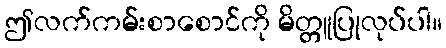
ဤလက်ကမ်းစာစောင်ကို မိတ္တူပြုလုပ်ပါ။